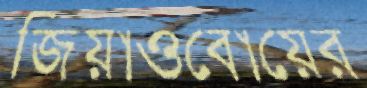
জিয়াওবোয়ের